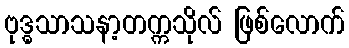
ဗုဒ္ဓသာသနာ့တက္ကသိုလ် ဖြစ်လောက်